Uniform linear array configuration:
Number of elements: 32
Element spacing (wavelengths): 1
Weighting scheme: cosine
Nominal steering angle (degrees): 15
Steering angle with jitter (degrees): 15.023
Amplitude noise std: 0.05
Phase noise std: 0.05

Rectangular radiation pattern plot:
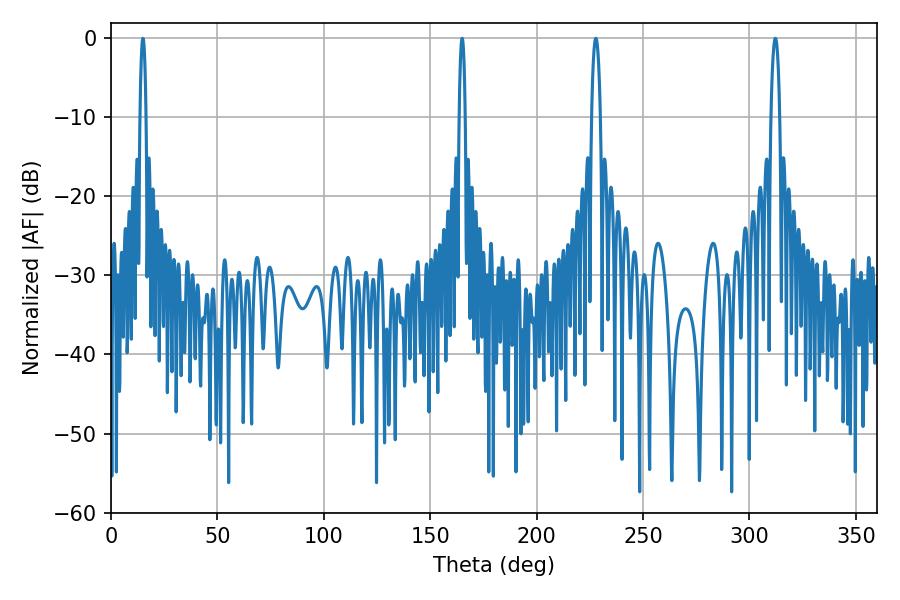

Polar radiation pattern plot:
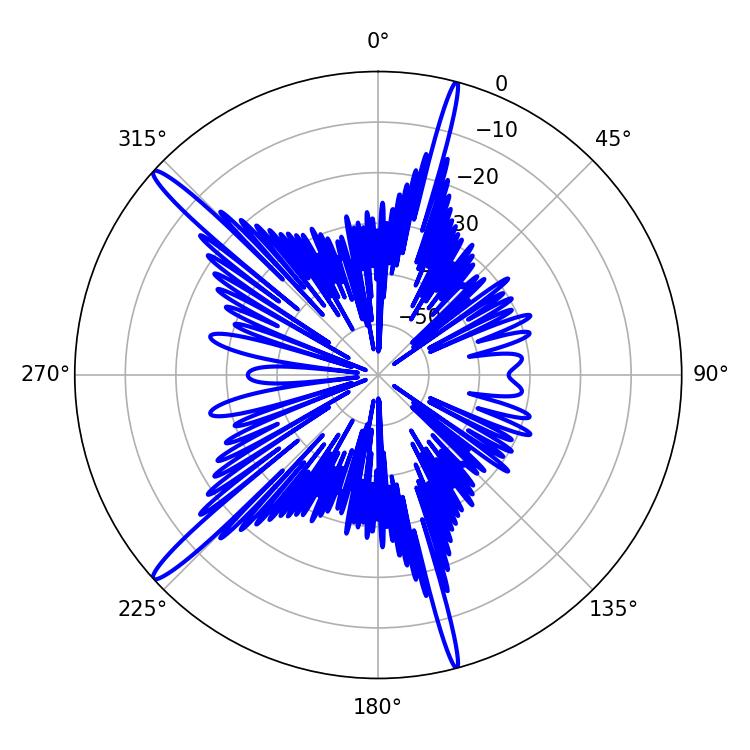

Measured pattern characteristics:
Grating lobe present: TRUE
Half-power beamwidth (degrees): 2.34
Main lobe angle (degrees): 312.12